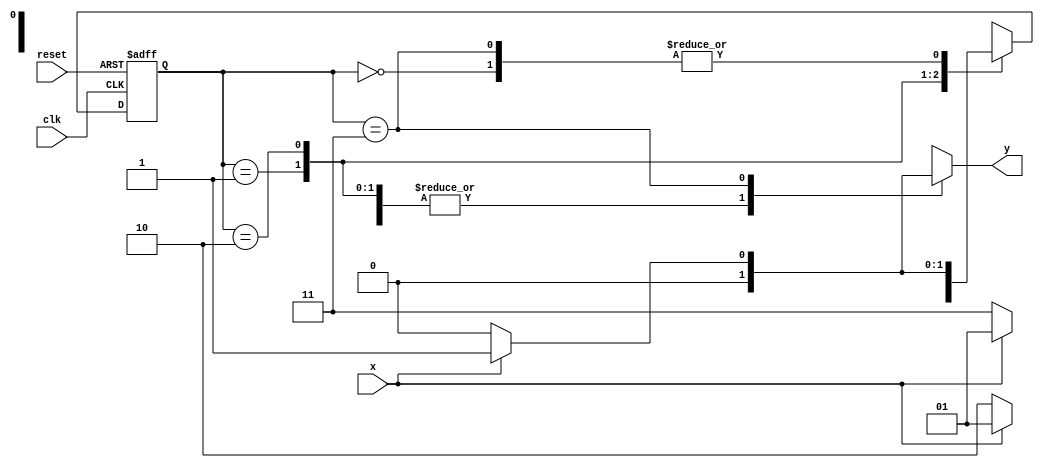
// ------------------------- 
// Exemplo0052
// Nome: Oswaldo Oliveira Paulino
// -------------------------


/*
					Mealy FSM Diagram
		___________________________________
	  /											  \
	 /												   \
	v		1				0				0		  0|
[start] ---> [id1] ---> [id10] ---> [id100]
 ^	 \0		  ^ \1			/1				  1|//found
  \_/			  \_/			  /					|
					\_________/					 	/
					 \								  /
					  \______________________/
*/

`define found 1
`define notfound 0

module mealy1001(y,x,clk,reset);
	output y;
	input x,clk,reset;
	reg y;
	
	parameter
		start = 2'b00,
		id1 = 2'b01,
		id10 = 2'b10,
		id100 = 2'b11;
	
	reg[1:0]E1;
	reg[1:0]E2;
	
	always @ (x or E1)
		begin
			y = `notfound;
			case(E1)
				start:
					if(x)
						E2 = id1;
					else
						E2 = start;
				id1:
					if(x)
						E2 = id1;
					else
						E2 = id10;
				id10:
					if(x)
						E2 = id1;
					else
						E2 = id100;
				id100:
					if(x)
						begin
							E2 = id1;
							y = `found;
						end
					else
						begin
							E2 = start;
							y = `notfound;
						end
				default:
					E2 = 2'bxx;
			endcase
		end //always at state or signal changing
		
		always @(posedge clk or negedge reset)
			begin
				if(reset)
					E1 = E2;
				else
					E1 = 0;
			end //always at signal changing
	
endmodule //mealy1001

module Exemplo0052;
	reg clk, x, reset;
	wire m;
	
	//instncia
	mealy1001 mealy1(m,x,clk,reset);
	
	initial begin
		
		$display("Time    X  Mealy");
		
		//initial values
		clk   = 1;
		reset = 0;
		x     = 0;
		
		// input signal changing
		#5 reset = 1;
		#10 x = 1;
		#10 x = 0;
		#10 x = 1;
		#10 x = 0;
		#20 x = 1;
		#10 x = 0;
		#20 x = 1;
		#10 x = 0;
		#20 x = 1;
		#20 x = 0;
		#20 x = 1;
		#10 $finish;
	end
	
	always
  		#5 clk = ~clk;
	always @ (posedge clk)
		begin
			$display("%4d %4b %5b",$time,x,m);
		end
endmodule //Exemplo0052

/*
    Time    X  Mealy
      10    0     0
      20    1     0
      30    0     0
      40    1     0
      50    0     0
      60    0     0
      70    1     1
      80    0     0
      90    0     0
     100    1     1
     110    0     0
     120    0     0
     130    1     1
     140    1     0
     150    0     0
     160    0     0
     170    1     1
*/